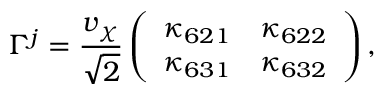
\Gamma ^ { j } = \frac { v _ { \chi } } { \sqrt 2 } \left( \begin{array} { c c } { { \kappa _ { 6 2 1 } } } & { { \kappa _ { 6 2 2 } } } \\ { { \kappa _ { 6 3 1 } } } & { { \kappa _ { 6 3 2 } } } \end{array} \right) ,